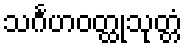
သင်္ဂဟဝတ္ထုသုတ္တံ